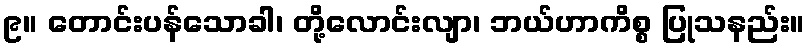
၉။ တောင်းပန်သောခါ၊ တို့လောင်းလျာ၊ ဘယ်ဟာကိစ္စ ပြုသနည်း။